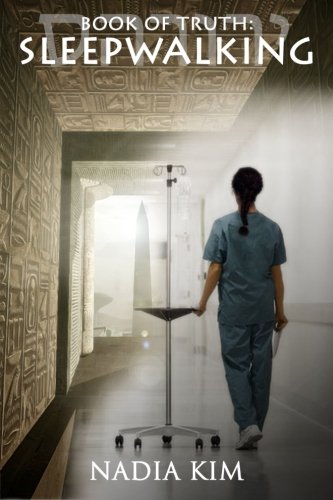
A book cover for Sleepwalking (Book of Truth) (Volume 1); Nadia Kim; Literature & Fiction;